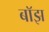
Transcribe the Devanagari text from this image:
बाॅझ